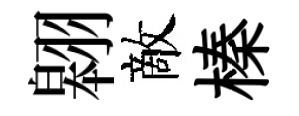
翱敵榛